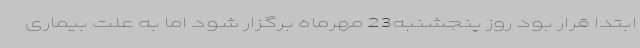
ابتدا قرار بود روز پنجشنبه23 مهرماه برگزار شود اما به علت بیماری